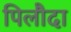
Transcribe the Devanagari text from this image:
पिलौदा